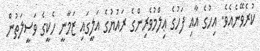
ކުރެވޭނެއެވެ. އިހުގެ އާއި ފަހުގެ ޢިލްމުވެރިންގެ ރައުޔުގެ އަލީގައި ޒަމާނީ ހެކީގެ ވަސީލަތުން